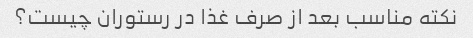
نکته مناسب بعد از صرف غذا در رستوران چیست؟